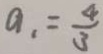
a _ { 1 } = \frac { 4 } { 3 }